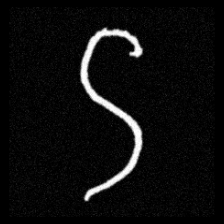
Pyu character \u2014 Myanmar letter: ဌ (romanized: ttha)